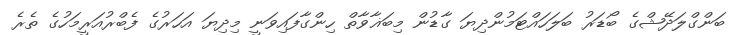
ބަންގްލަދޭޝްގެ ބޯޑަރު ބަލަހައްޓަމުންދިޔަ ގާޑުން މިބަޣާވާތް ހިންގާފައިވަނީ މިދިޔަ އަހަރުގެ ފެބްރުއަރީމަހުގެ ތެރެ